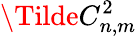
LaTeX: \Tilde{C}_{n,m}^{2}